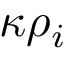
\kappa \rho _ { i }